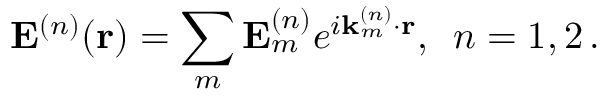
{ \bf E } ^ { ( n ) } ( { \bf r } ) = \sum _ { m } { \bf E } _ { m } ^ { ( n ) } e ^ { i { \bf k } _ { m } ^ { ( n ) } \cdot { \bf r } } , \, \, \, n = 1 , 2 \, .